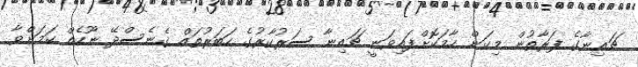
ޗައިނާގެ ފަރާތުން މިކަން ހާމަކޮށްފައިވަނީ ޗައިނާ ސަރުކާރުގެ ހަބަރުތައް ގެނެސްދޭ ނޫހެއް ކަަމަށްވާ